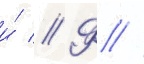
и́ // Ф //